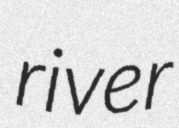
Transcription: river